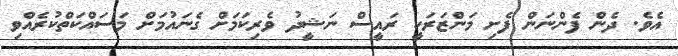
އެވެ. ދެން ފެންނަން ފެށި މަންޒަރަކީ ރައީސް ނަޝީދު ވެރިކަމަށް ގެނައުމަށް މަސައްކަތްކުރެއްވި